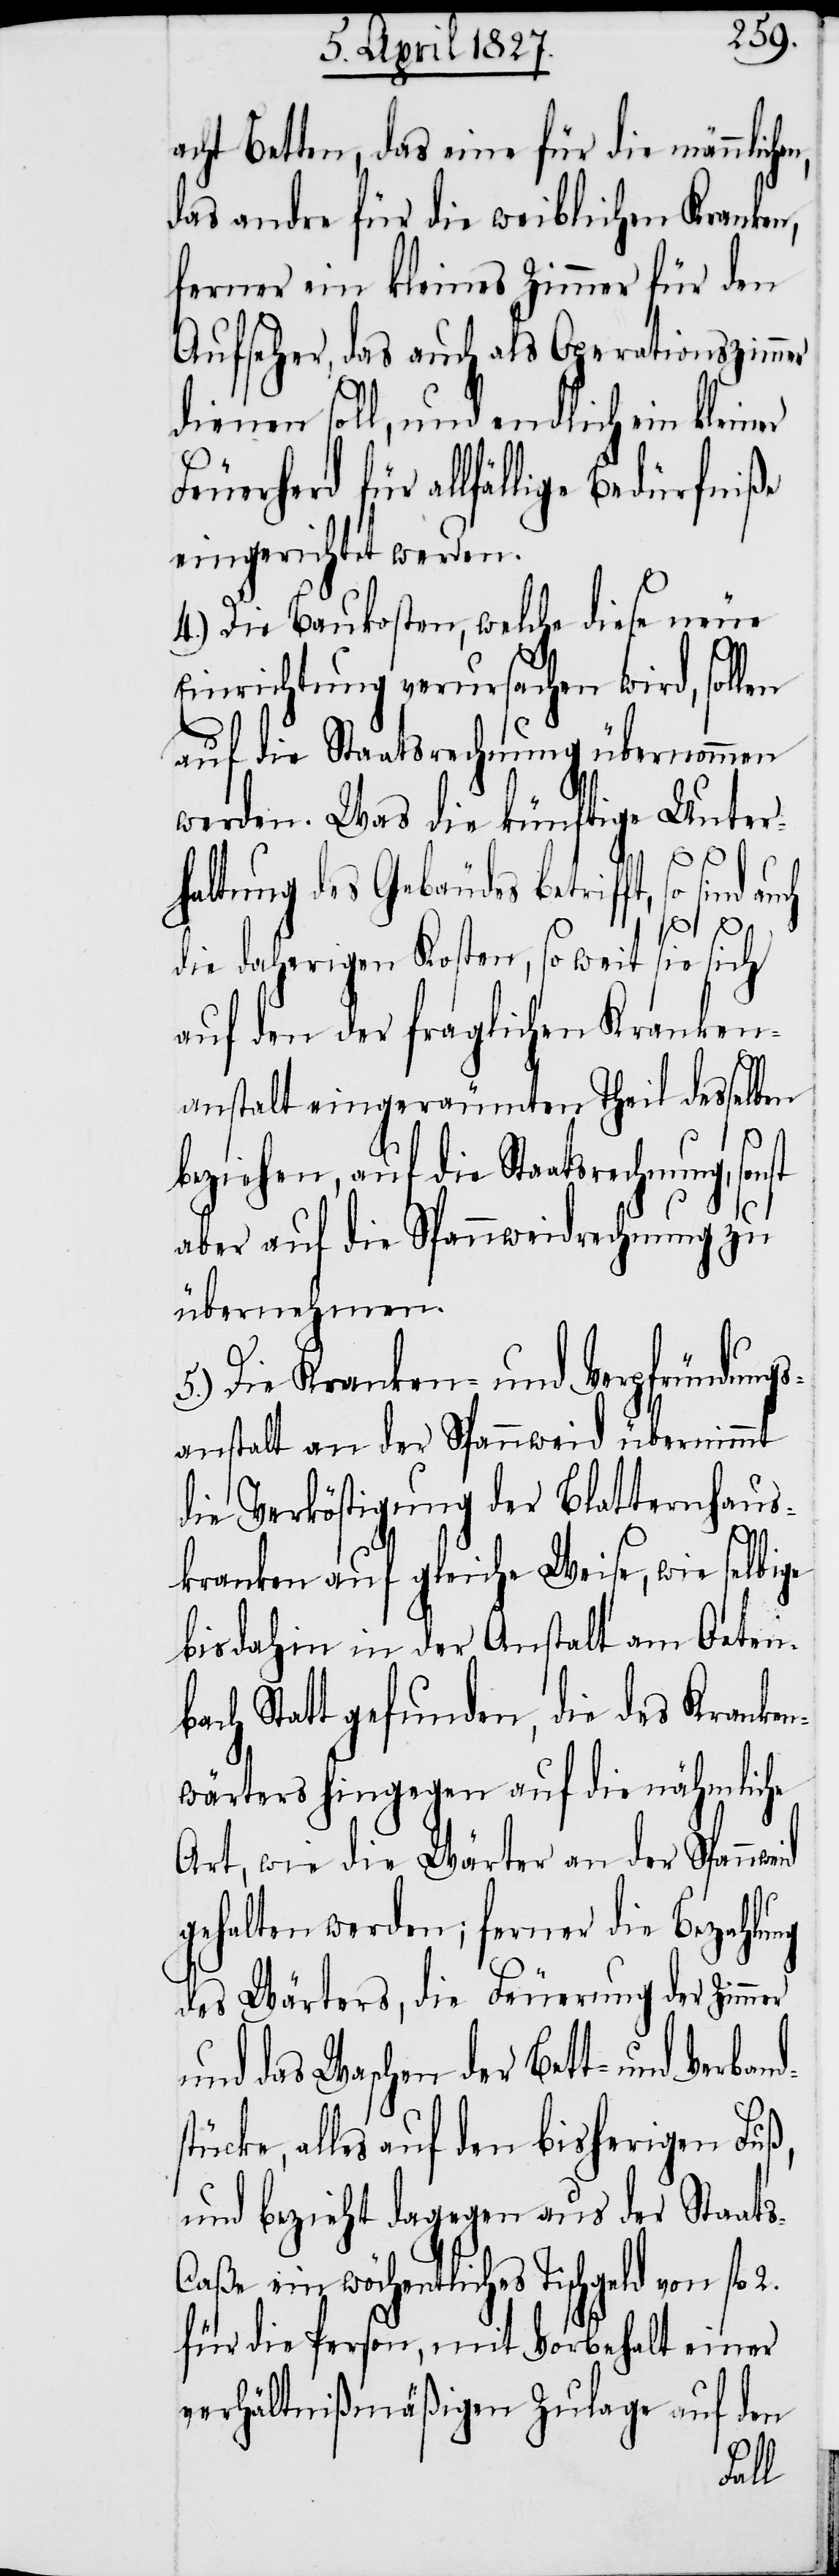
acht Betten, das eine für die männliche¬
das andre für die weiblichen Kranken,
ferner ein kleines Zimmer für den
Aufseher, das auch als Operationszimmer
dienen soll, und endlich ein kleiner
für allfällige Bedürfniße
eingerichtet werden.
4.) Die Baukosten, welche diese neue
Einrichtung verursachen wird, sollen
auf die Staatsrechnung übernommen
werden. Was die künftige Unter¬
haltung des Gebäudes betrifft, so sind
die daherigen Kosten, so weit sie sich
auf den der fraglichen Kranken¬
anstalt eingeräumten Theil desselben
beziehen, auf die Staatsrechnung, sonst
aber auf die Spannweidrechnung zu
übernehmen.
5.) Die Kranken- und Verpfründungs¬
anstalt an der Spannweid übernimmt
die Verköstigung der Blatternhaus¬
n,
kranken auf gleiche Weise, wie selbige
bis dahin in der Anstalt am Oetenb¬
ach Statt gefunden, die des Kranken¬
wärters hingegen auf die nähmliche
Art, wie die Wärter an der Spann¬
gehalten werden; ferner die Bezahlung
des Wärters, die Feuerung der Zimmer
und das Waschen der Bett- und Ver¬
tücke, alles auf den bisherigen Fuß,
und bezieht dagegen aus der Staat¬
aßa ein wöchentliches Tischgeld von fl. 2.
für die Person, mit Vorbehalt einer
verhältnißmäßigen Zulage auf den
s-C¬